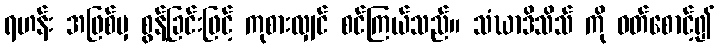
ရဟန်း အဖြစ်မှ စွန့်ခြင်းဖြင့် ကုစားလျှင် စင်ကြယ်သည်။ သံဃာဒိသိသ် ကို ဝတ်စောင့်၍